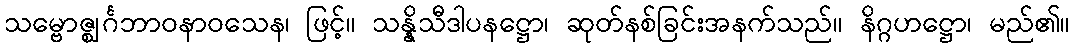
သမ္ဗောဇ္ဈင်္ဂဘာဝနာဝသေန၊ ဖြင့်။ သန္နိသီဒါပနဋ္ဌော၊ ဆုတ်နစ်ခြင်းအနက်သည်။ နိဂ္ဂဟဋ္ဌော၊ မည်၏။